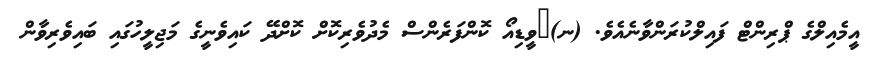
އީމެއިލްގެ ޕްރިންޓް ފައިލްކުރަންވާނެއެވެ. (ނ)	ވީޑިއޯ ކޮންފަރެންސް މެދުވެރިކޮށް ކޮށްދޭ ކައިވެނީގެ މަޖިލީހުގައި ބައިވެރިވާން